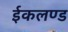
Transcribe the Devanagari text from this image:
ईकलण्ड